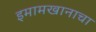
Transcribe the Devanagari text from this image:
इमामखानाचा